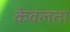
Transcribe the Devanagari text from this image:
केवलता